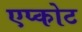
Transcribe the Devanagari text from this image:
एप्कोट